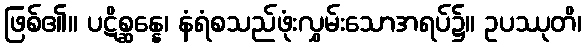
ဖြစ်၏။ ပဋိစ္ဆန္နေ၊ နံရံစသည်ဖုံးလွှမ်းသောအရပ်၌။ ဥပဿုတိ၊